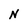
Character: N